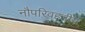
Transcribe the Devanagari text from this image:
नौपरिवहनीय